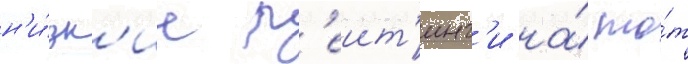
н'и́зк'ие р'еит'инг'и на́ то́т